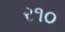
ર૧૦